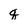
Character: q